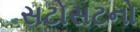
સટોસટનો